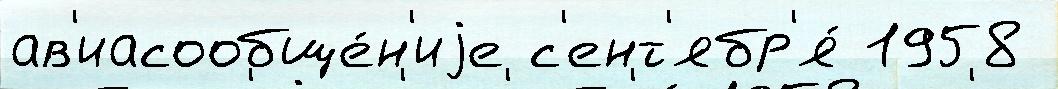
ав'иасообще́н'иjе с'ент'ябр'я́ 1958